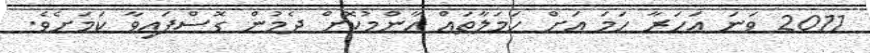
2011 ވަނަ އަހަރާ ހަމަ އަށް ހަމަލާތައް އާންމުކޮށް ދެމުން ގޮސްފައިވާ ކަމަށެވެ.